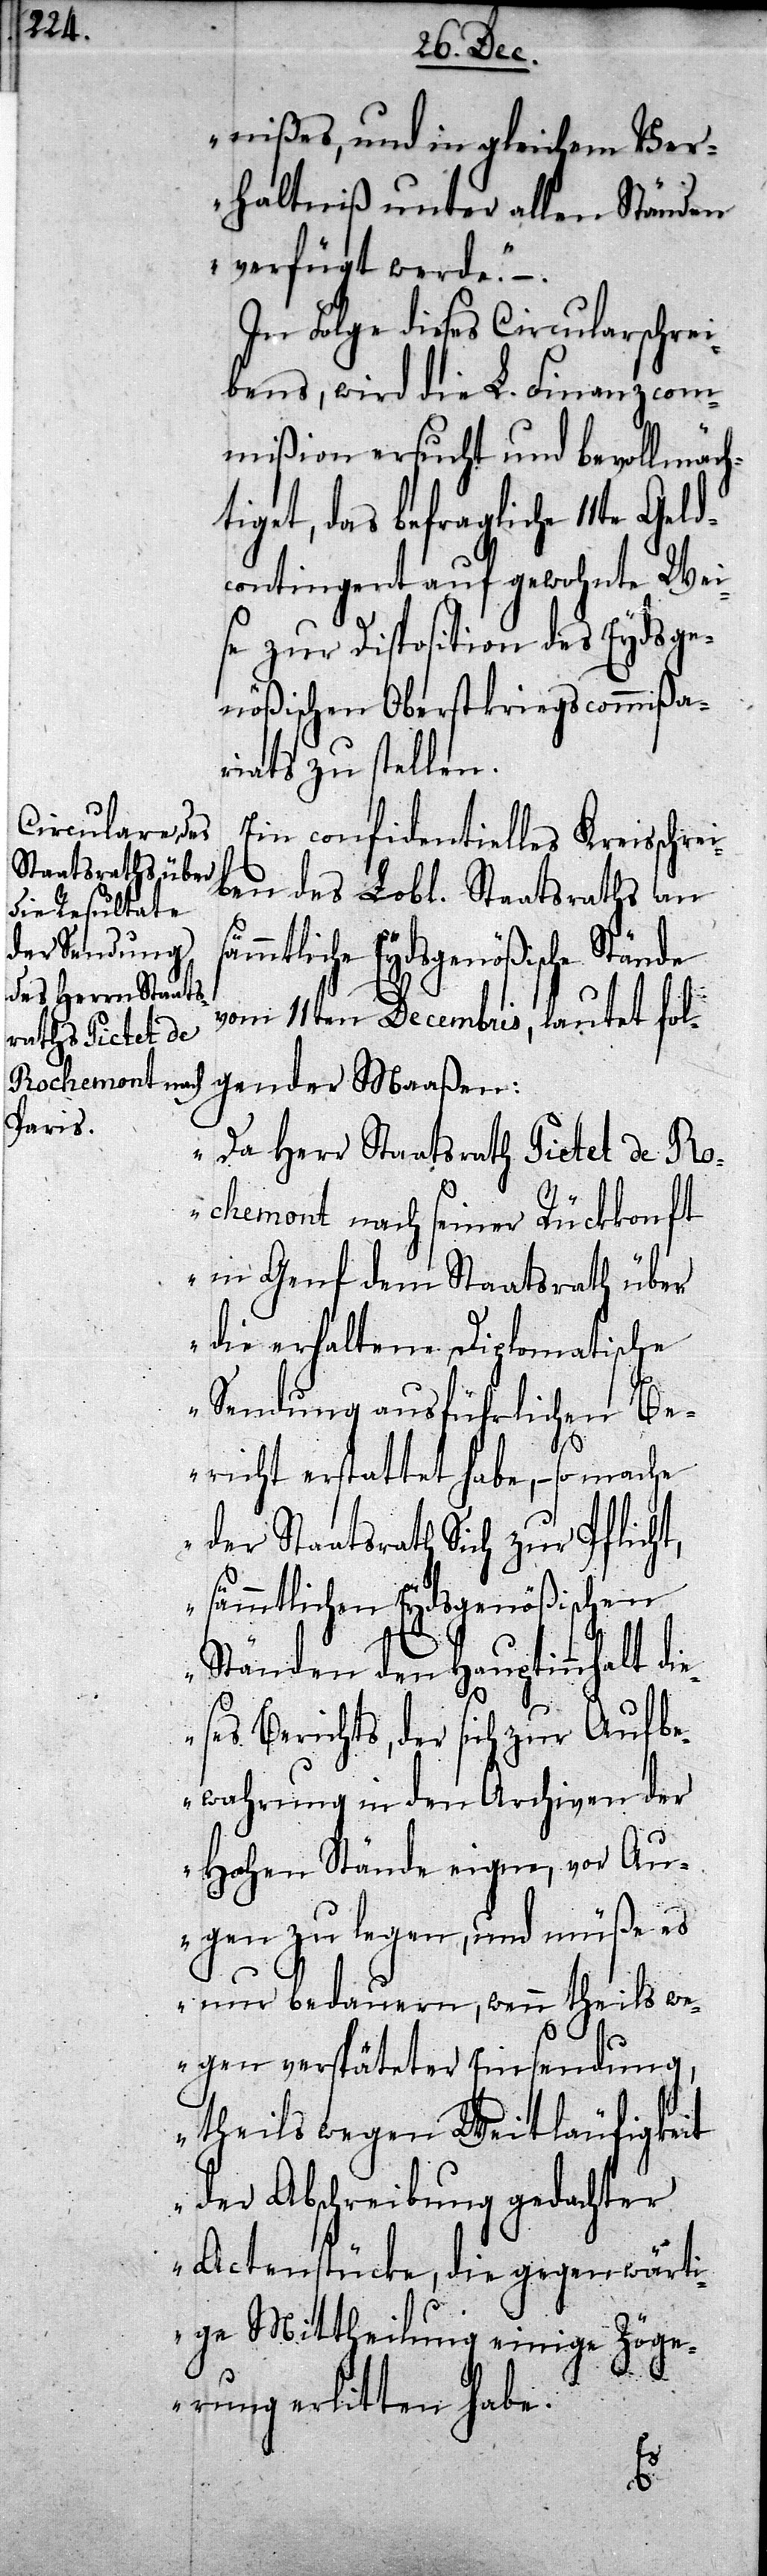
nißes, und in gleichem Ver¬
haltniß unter allen Ständen
verfügt werde.“ –.
In Folge dieses Circularschrei¬
bens, wird die L. Finanzcom¬
mißion ersucht und bevollmäch¬
tiget, das befragliche 11te Gel¬
dcontingent auf gewohnte Wei¬
se zur Disposition des Eydsge¬
nößischen Oberstkriegscommißa¬
riats zu stellen.
Ein confidentielles Kreisschre¬
iben des Lobl. Staatsraths an
vom 11ten Decembris, lautet fol¬
gender Maaßen:
„Da Herr Staatsrath Pictet de Ro¬
chemont nach seiner Rückkunft
in Genf dem Staatsrath über
die erhaltene Diplomatische
Sendung ausführlichen Be¬
richt erstattet habe, – so mache
der Staatsrath sich zur Pflicht,
sämmtlichen Eydsgenößischen
Ständen den Hauptinnhalt di¬
eses Berichts, der sich zur Aufbe¬
wahrung in der Archiven der
Hohen Stände eigne, vor Au¬
gen zu legen, und müße es
nur bedauern, wenn theils we¬
gen verspäteter Einsendung,
theils wegen Weitläufigkeit
der Abschreibung gedachter
Actenstücke, die gegenwärti¬
ge Mittheilung einige Zöge¬
rung erlitten habe.